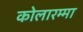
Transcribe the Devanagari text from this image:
कोलारम्मा